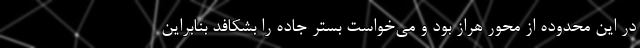
در این محدوده از محور هراز بود و می‌خواست بستر جاده را بشکافد بنابراین